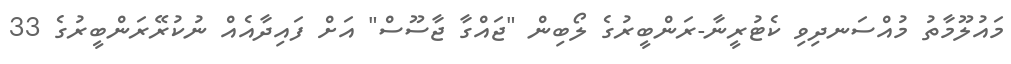
މައުލޫމާތު މުއްސަނދިވި ކެޓުރީނާ-ރަންބީރުގެ ލޯބިން "ޖައްގާ ޖާސޫސް" އަށް ފައިދާއެއް ނުކުރޭރަންބީރުގެ 33